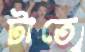
টাতে